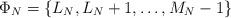
LaTeX: \begin{align*}\Phi_N = \{ L_N, L_N + 1,\dots, M_N - 1 \}\end{align*}